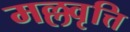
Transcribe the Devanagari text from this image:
मल्लवृत्ति